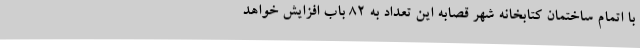
با اتمام ساختمان کتابخانه شهر قصابه این تعداد به 82 باب افزایش خواهد